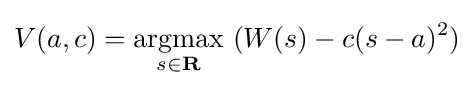
V(a,c)={\underset {s\in \mathbf {R} }{\operatorname {argmax} }}\ (W(s)-c(s-a)^{2})